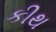
કીથ